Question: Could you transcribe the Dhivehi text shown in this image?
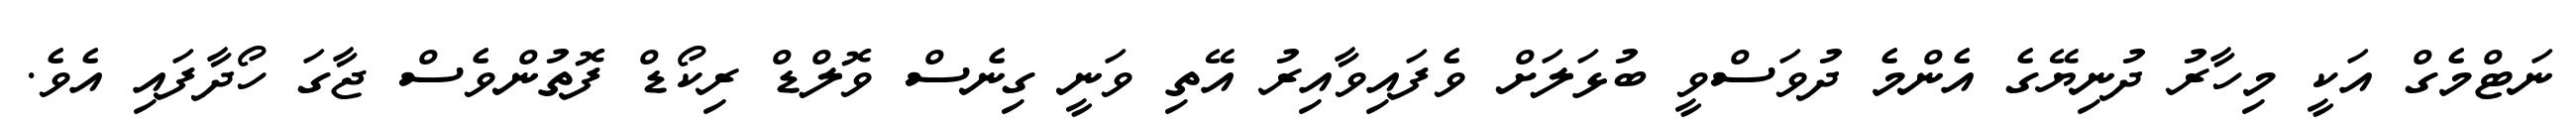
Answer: ނަޓްމެގް އަކީ މިހާރު ދުނިޔޭގެ އެންމެ ދުވަސްވީ ބުޅަލަށް ވެފައިވާއިރު އޭތި ވަނީ ގިނެސް ވޮލްޑް ރިކޯޑް ފޮތުންވެސް ޖާގަ ހޯދާފައި އެވެ.